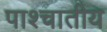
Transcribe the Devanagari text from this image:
पाश्चातीय